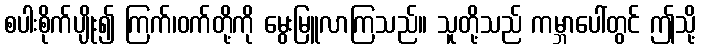
စပါးစိုက်ပျိုး၍ ကြက်၊ဝက်တို့ကို မွေးမြူလာကြသည်။ သူတို့သည် ကမ္ဘာပေါ်တွင် ဤသို့